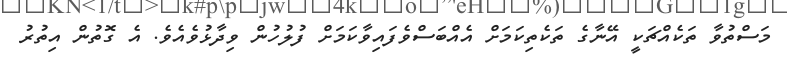
މަސްތުވާ ތަކެއްޗަކީ އޭނާގެ ތަކެތިކަމަށް އެއްބަސްވެފައިވާކަމަށް ފުލުހުން ވިދާޅުވެއެވެ. އެ ގޮތުން އިތުރު